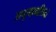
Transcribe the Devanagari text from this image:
अनुमानसिद्ध